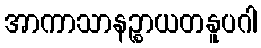
အာကာသာနဉ္စာယတနူပဂါ